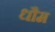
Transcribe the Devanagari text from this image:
धौम